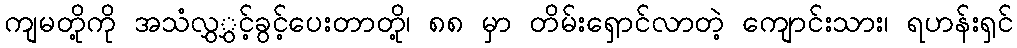
ကျမတို့ကို အသံလွှွှင့်ခွင့်ပေးတာတို့၊ ၈၈ မှာ တိမ်းရှောင်လာတဲ့ ကျောင်းသား၊ ရဟန်းရှင်